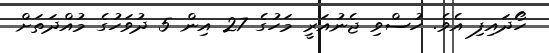
ހޯދައިފި އެވެ. ހުސްވި ޖެނުއަރީ މަހުގެ 27 އިން 5 ދުވަހުގެ މުއްދަތަށް